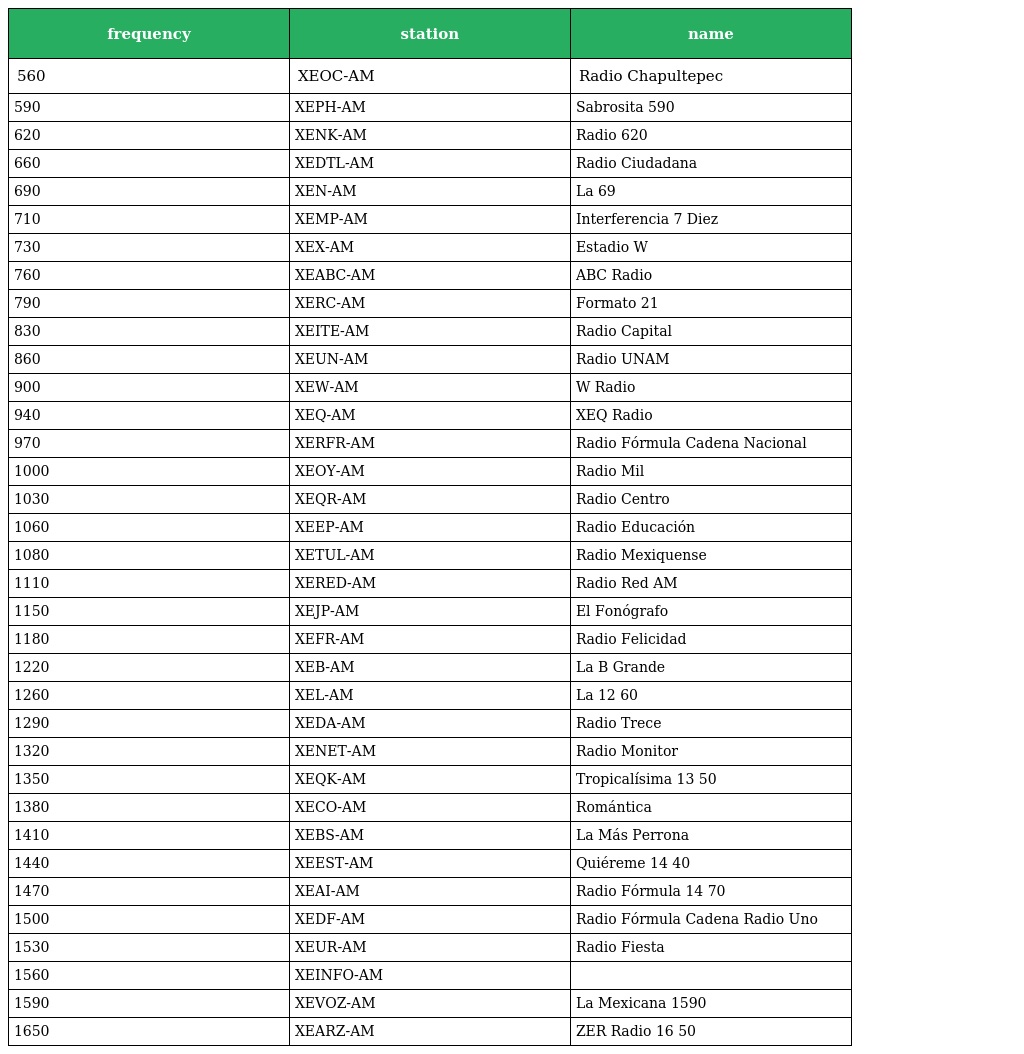
| frequency | station | name |
 | --- | --- | --- |
 | 560 | XEOC-AM | Radio Chapultepec |
 | 590 | XEPH-AM | Sabrosita 590 |
 | 620 | XENK-AM | Radio 620 |
 | 660 | XEDTL-AM | Radio Ciudadana |
 | 690 | XEN-AM | La 69 |
 | 710 | XEMP-AM | Interferencia 7 Diez |
 | 730 | XEX-AM | Estadio W |
 | 760 | XEABC-AM | ABC Radio |
 | 790 | XERC-AM | Formato 21 |
 | 830 | XEITE-AM | Radio Capital |
 | 860 | XEUN-AM | Radio UNAM |
 | 900 | XEW-AM | W Radio |
 | 940 | XEQ-AM | XEQ Radio |
 | 970 | XERFR-AM | Radio Fórmula Cadena Nacional |
 | 1000 | XEOY-AM | Radio Mil |
 | 1030 | XEQR-AM | Radio Centro |
 | 1060 | XEEP-AM | Radio Educación |
 | 1080 | XETUL-AM | Radio Mexiquense |
 | 1110 | XERED-AM | Radio Red AM |
 | 1150 | XEJP-AM | El Fonógrafo |
 | 1180 | XEFR-AM | Radio Felicidad |
 | 1220 | XEB-AM | La B Grande |
 | 1260 | XEL-AM | La 12 60 |
 | 1290 | XEDA-AM | Radio Trece |
 | 1320 | XENET-AM | Radio Monitor |
 | 1350 | XEQK-AM | Tropicalísima 13 50 |
 | 1380 | XECO-AM | Romántica |
 | 1410 | XEBS-AM | La Más Perrona |
 | 1440 | XEEST-AM | Quiéreme 14 40 |
 | 1470 | XEAI-AM | Radio Fórmula 14 70 |
 | 1500 | XEDF-AM | Radio Fórmula Cadena Radio Uno |
 | 1530 | XEUR-AM | Radio Fiesta |
 | 1560 | XEINFO-AM |  |
 | 1590 | XEVOZ-AM | La Mexicana 1590 |
 | 1650 | XEARZ-AM | ZER Radio 16 50 |